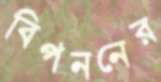
বিপননের